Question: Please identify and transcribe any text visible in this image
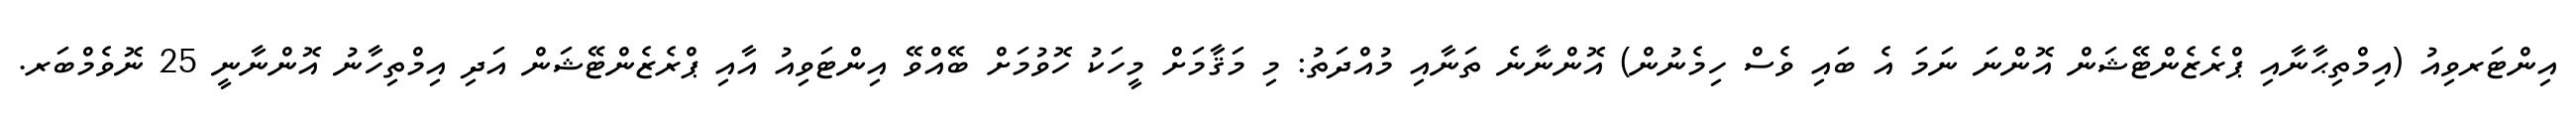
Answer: އިންޓަރވިއު (އިމްތިޙާނާއި ޕްރެޒެންޓޭޝަން އޮންނަ ނަމަ އެ ބައި ވެސް ހިމެނުން) އޮންނާނެ ތަނާއި މުއްދަތު: މި މަޤާމަށް މީހަކު ހޮވުމަށް ބޭއްވޭ އިންޓަވިއު އާއި ޕްރެޒެންޓޭޝަން އަދި އިމްތިހާނު އޮންނާނީ 25 ނޮވެމްބަރ.